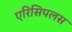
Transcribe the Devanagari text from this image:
एरिसिपलस